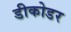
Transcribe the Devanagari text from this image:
डीकोडर